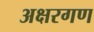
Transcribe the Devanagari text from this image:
अक्षरगण